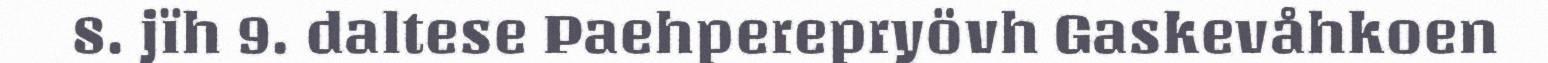
8. jïh 9. daltese Paehperepryövh Gaskevåhkoen